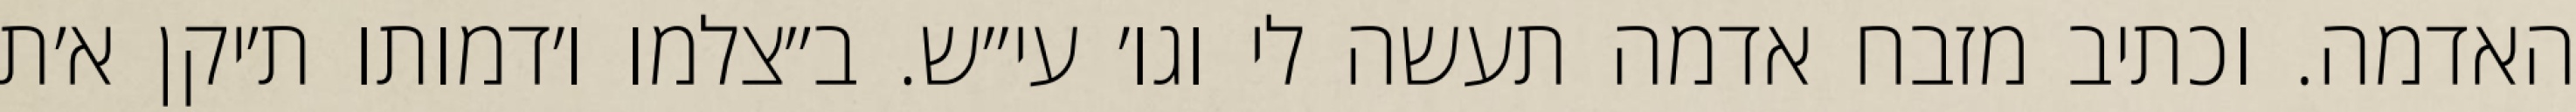
האדמה. וכתיב מזבח אדמה תעשה לי וגו׳ עי״ש. ב״צלמו ו׳דמותו ת׳יקן א׳ת